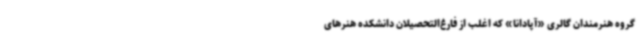
گروه هنرمندان گالری «آپادانا» که اغلب از فارغ‌التحصیلان دانشکده هنرهای